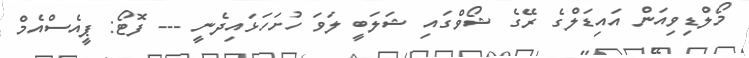
މޯލްޑިވިއަން އައިޑަލްގެ ރޭގެ ޝޯވްގައި ޝަލަބީ ލަވަ ހުށަހަޅައިދެނީ --- ފޮޓޯ: ޕީއެސްއެމް